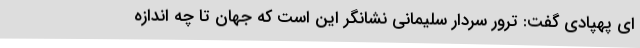
ای پهپادی گفت: ترور سردار سلیمانی نشانگر این است که جهان تا چه اندازه